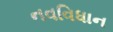
નવવિધાન